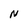
Character: N